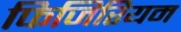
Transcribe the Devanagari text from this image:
फिजिरियम